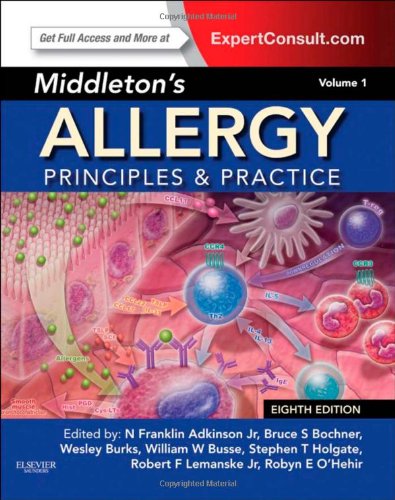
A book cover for Middleton's Allergy 2-Volume Set: Principles and Practice (Expert Consult Premium Edition - Enhanced Online Features and Print), 8e (Middletons Allergy Principles and Practice); N. Franklin Adkinson Jr. Jr. MD; Medical Books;